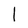
Character: l